Indian journal of veterinary science and animal husbandry - Volume 2,
Year: 1932
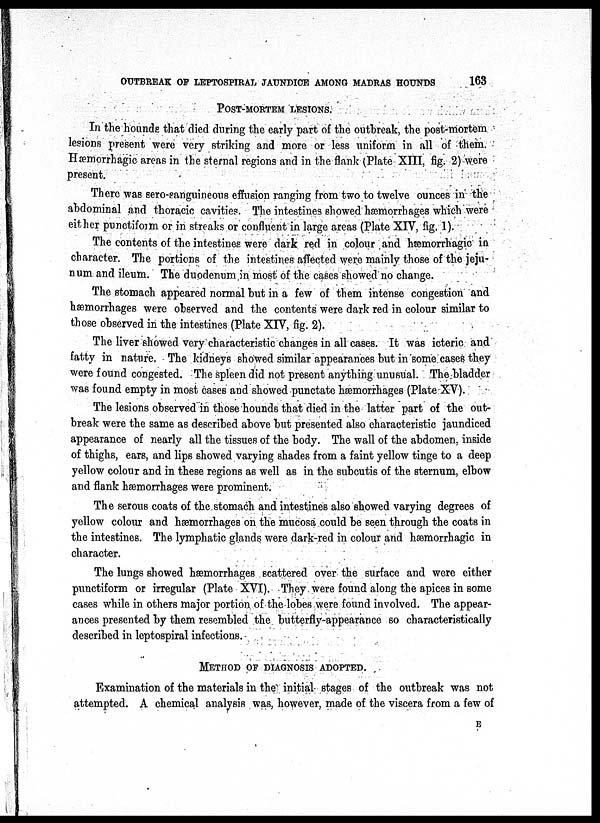
OUTBREAK OF LEPTOSPIRAL JAUNDICE AMONG MADRAS HOUNDS
163
POST-MORTEM LESIONS.
In the hounds that died during the early part of the outbreak, the post-mortem
lesions present were very striking and more or less uniform in all of them.
Hæmorrhagic areas in the sternal regions and in the flank (Plate XIII, fig. 2) were
present.
There was sero-sanguineous effusion ranging from two to twelve ounces in the
abdominal and thoracic cavities. The intestines showed hæmorrhages which were
either punctiform or in streaks or confluent in large areas (Plate XIV, fig. 1).
The contents of the intestines were dark red in colour and hæmorrhagic in
character. The portions of the intestines affected were mainly those of the jeju-
num and ileum. The duodenum in most of the cases showed no change.
The stomach appeared normal but in a few of them intense congestion and
hæmorrhages were observed and the contents were dark red in colour similar to
those observed in the intestines (Plate XIV, fig. 2).
The liver showed very characteristic changes in all cases. It was icteric and
fatty in nature. The kidneys showed similar appearances but in some cases they
were found congested. The spleen did not present anything unusual. The bladder
was found empty in most cases and showed punctate hæmorrhages (Plate XV).
The lesions observed in those hounds that died in the latter part of the out-
break were the same as described above but presented also characteristic jaundiced
appearance of nearly all the tissues of the body. The wall of the abdomen, inside
of thighs, ears, and lips showed varying shades from a faint yellow tinge to a deep
yellow colour and in these regions as well as in the subcutis of the sternum, elbow
and flank hæmorrhages were prominent.
The serous coats of the stomach and intestines also showed varying degrees of
yellow colour and hæmorrhages on the mucosa could be seen through the coats in
the intestines. The lymphatic glands were dark-red in colour and hæmorrhagic in
character.
The lungs showed hæmorrhages scattered over the surface and were either
punctiform or irregular (Plate XVI). They were found along the apices in some
cases while in others major portion of the lobes were found involved. The appear-
ances presented by them resembled the butterfly-appearance so characteristically
described in leptospiral infections.
METHOD OF DIAGNOSIS ADOPTED.
Examination of the materials in the initial stages of the outbreak was not
attempted. A chemical analysis was, however, made of the viscera from a few of
E